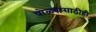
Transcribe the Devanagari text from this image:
पोळ्यांसाठीही